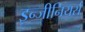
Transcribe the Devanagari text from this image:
इन्जीनियर्स